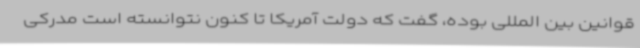
قوانین بین المللی بوده، گفت که دولت آمریکا تا کنون نتوانسته است مدرکی